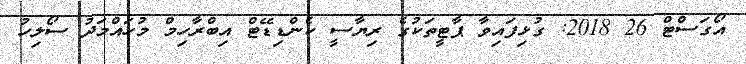
އޯގަސްޓް 26 2018: ގުޅިފައިވާ ޕާޓީތަކުގެ ރިޔާސީ ކެންޑިޑޭޓް އިބްރާހިމް މުހައްމަދު ސޯލިހު